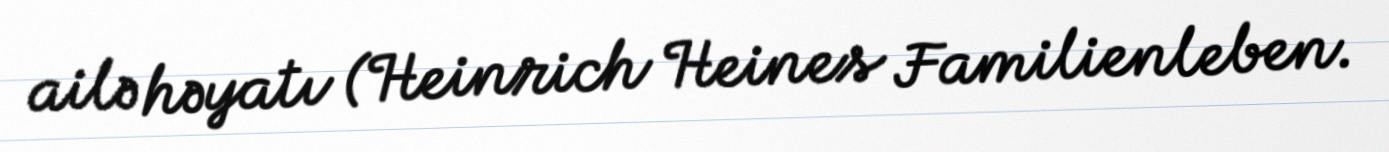
ailə həyatı (Heinrich Heines Familienleben.